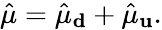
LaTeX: \hat{\mu}=\hat{\mu}_{\mathbf d}+\hat{\mu}_{\mathbf u}.